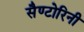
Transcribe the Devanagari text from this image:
सैण्टोरिनी